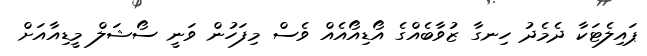
ޕައިލެޓަކާ ދެމެދު ހިނގާ ޒުވާބެއްގެ އޯޑިއޯއެއް ވެސް މިފަހުން ވަނީ ސޯޝަލް މީޑިއާއަށް